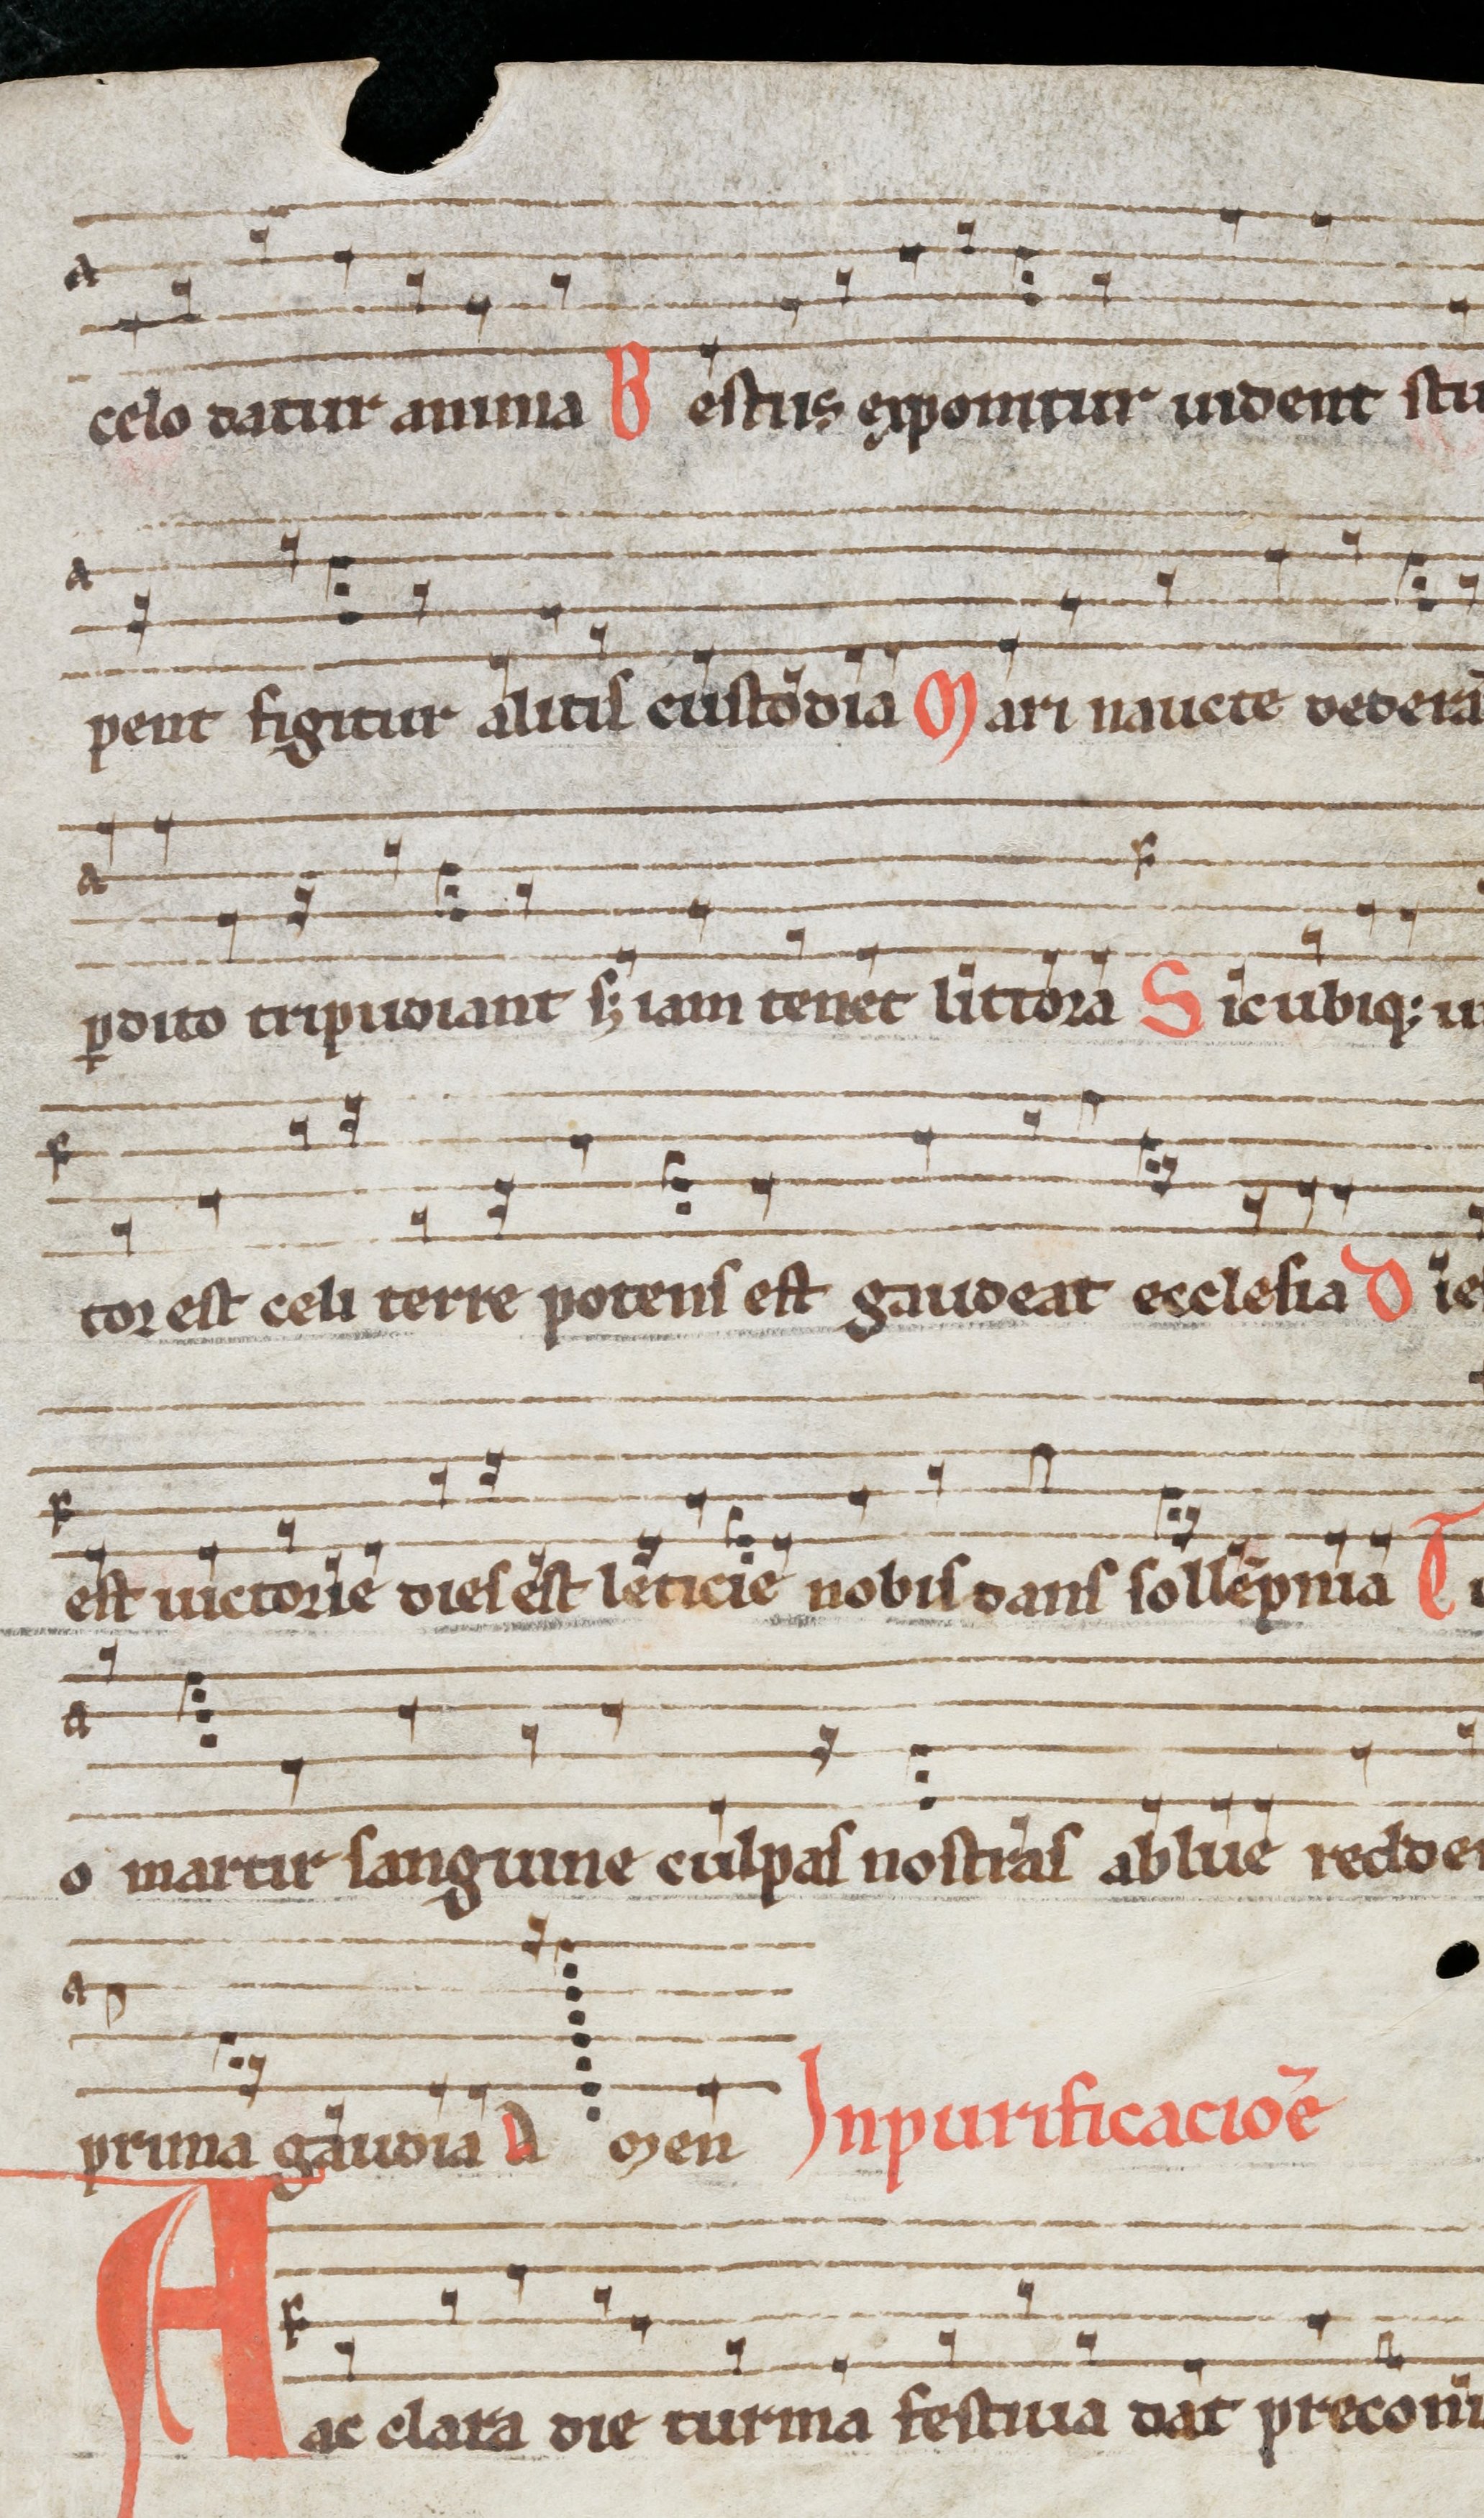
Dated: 1290–1309